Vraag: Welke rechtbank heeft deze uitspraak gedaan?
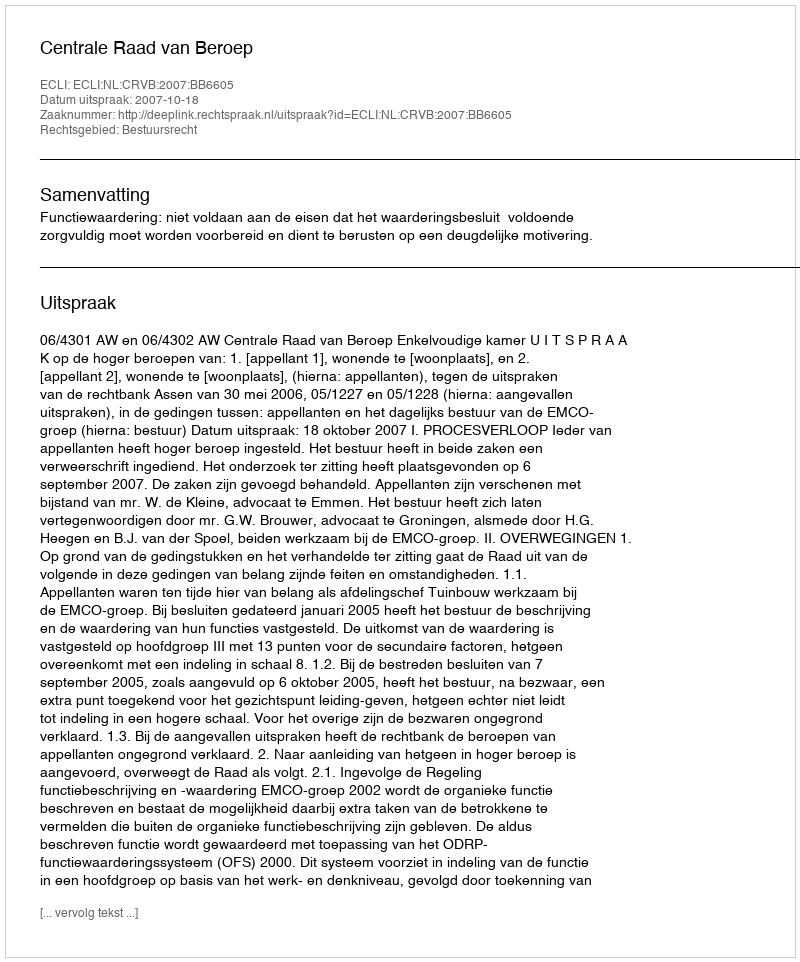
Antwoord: Centrale Raad van Beroep